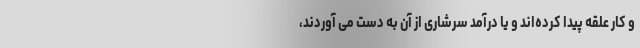
و کار علقه پیدا کرده‌اند و یا درآمد سرشاری از آن به دست می آوردند،